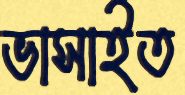
ভাসাইত